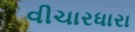
વીચારધારા